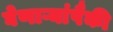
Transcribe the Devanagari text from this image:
घेणाऱ्यांपैकी